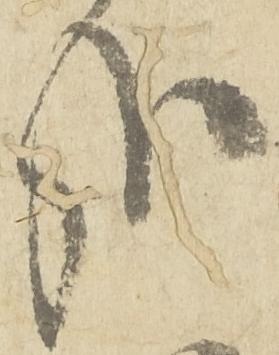
哉